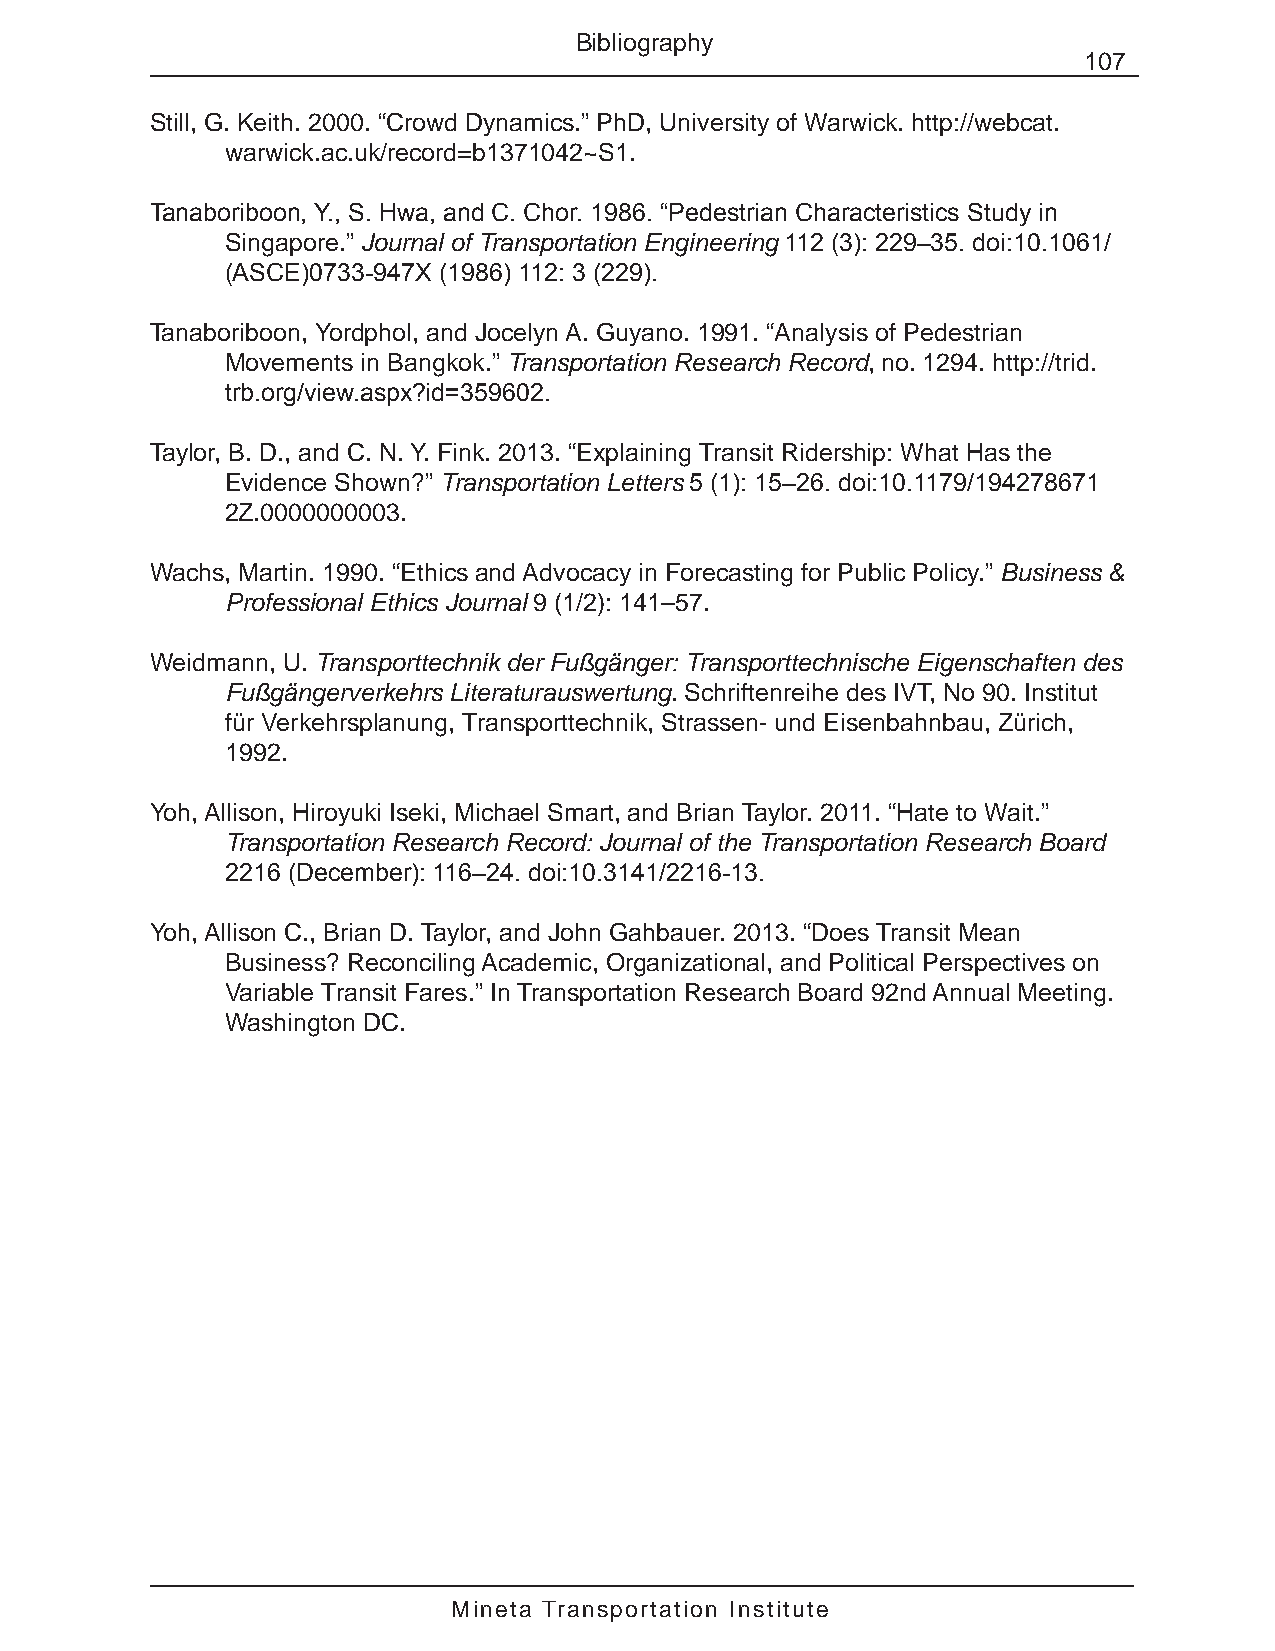
Bibliography
 107
 Still, G. Keith. 2000. “Crowd Dynamics.” PhD, University of Warwick. http://webcat.
 warwick.ac.uk/record=b1371042~S1.
 Tanaboriboon, Y., S. Hwa, and C. Chor. 1986. “Pedestrian Characteristics Study in
 Singapore.” Journal of Transportation Engineering 112 (3): 229–35. doi:10.1061/
 (ASCE)0733-947X (1986) 112: 3 (229).
 Tanaboriboon, Yordphol, and Jocelyn A. Guyano. 1991. “Analysis of Pedestrian
 Movements in Bangkok.” Transportation Research Record, no. 1294. http://trid.
 trb.org/view.aspx?id=359602.
 Taylor, B. D., and C. N. Y. Fink. 2013. “Explaining Transit Ridership: What Has the
 Evidence Shown?” Transportation Letters 5 (1): 15–26. doi:10.1179/194278671
 2Z.0000000003.
 Wachs, Martin. 1990. “Ethics and Advocacy in Forecasting for Public Policy.” Business &
 Professional Ethics Journal 9 (1/2): 141–57.
 Weidmann, U. Transporttechnik der Fußgänger: Transporttechnische Eigenschaften des
 Fußgängerverkehrs Literaturauswertung. Schriftenreihe des IVT, No 90. Institut
 für Verkehrsplanung, Transporttechnik, Strassen- und Eisenbahnbau, Zürich,
 1992.
 Yoh, Allison, Hiroyuki Iseki, Michael Smart, and Brian Taylor. 2011. “Hate to Wait.”
 Transportation Research Record: Journal of the Transportation Research Board
 2216 (December): 116–24. doi:10.3141/2216-13.
 Yoh, Allison C., Brian D. Taylor, and John Gahbauer. 2013. “Does Transit Mean
 Business? Reconciling Academic, Organizational, and Political Perspectives on
 Variable Transit Fares.” In Transportation Research Board 92nd Annual Meeting.
 Washington DC.
 Mineta Transportation Institute